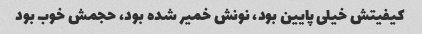
کیفیتش خیلی پایین بود، نونش خمیر شده بود، حجمش خوب بود